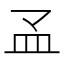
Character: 𰤳